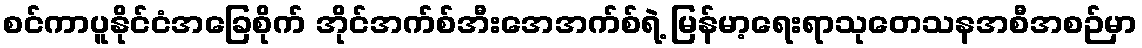
စင်ကာပူနိုင်ငံအခြေစိုက် အိုင်အက်စ်အီးအေအက်စ်ရဲ့ မြန်မာ့ရေးရာသုတေသနအစီအစဉ်မှာ